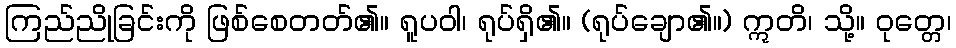
ကြည်ညိုခြင်းကို ဖြစ်စေတတ်၏။ ရူပဝါ၊ ရုပ်ရှိ၏။ (ရုပ်ချော၏။) ဣတိ၊ သို့။ ဝုတ္တေ၊